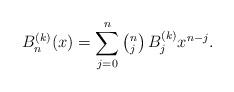
LaTeX: \begin{align*} B_n^{(k)} (x) = \sum_{j=0}^n \left(^n_j\right) B_j^{(k)} x^{n-j}.\end{align*}